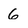
Character: 6